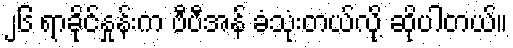
၂၆ ရာခိုင်နှုန်းက ဗီပီအန် ခံသုံးတယ်လို့ ဆိုပါတယ်။